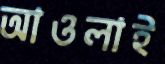
আওলাই